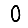
Digit: 0